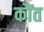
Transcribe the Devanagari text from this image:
कौंत